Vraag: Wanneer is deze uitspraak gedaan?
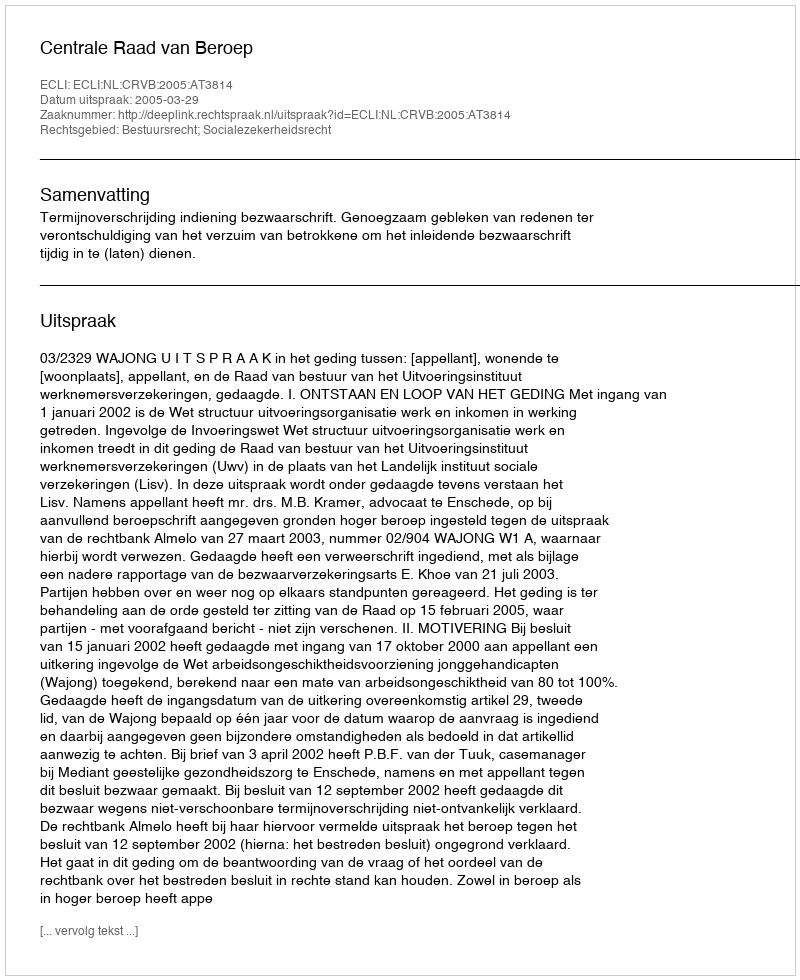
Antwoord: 2005-03-29